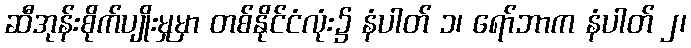
ဆီအုန်းစိုက်ပျိုးမှုမှာ တစ်နိုင်ငံလုံး၌ နံပါတ် ၁၊ ရော်ဘာက နံပါတ် ၂၊